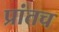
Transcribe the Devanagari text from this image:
प्रांतच